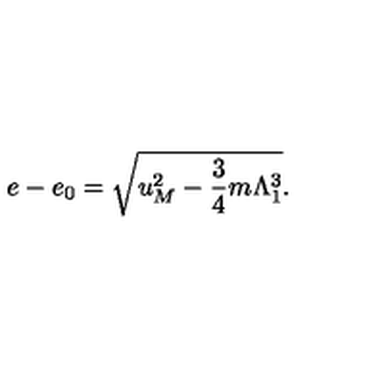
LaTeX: e - e _ { 0 } = \sqrt { u _ { M } ^ { 2 } - \frac 3 4 m \Lambda _ { 1 } ^ { 3 } } .